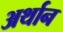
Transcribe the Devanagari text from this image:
अर्थान